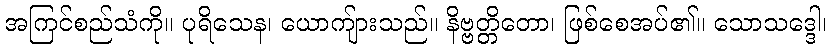
အကြင်စည်သံကို။ ပုရိသေန၊ ယောကျ်ားသည်။ နိဗ္ဗတ္တိတော၊ ဖြစ်စေအပ်၏။ သောသဒ္ဒေါ၊